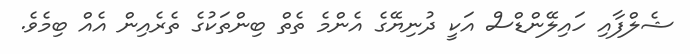
ޝެލްފާއި ހައިލޭންޑްސް އަކީ ދުނިޔޭގެ އެންމެ ތެތް ބިންތަކުގެ ތެރެއިން އެއް ބިމެވެ.